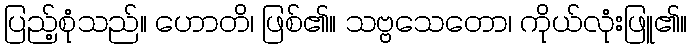
ပြည့်စုံသည်။ ဟောတိ၊ ဖြစ်၏။ သဗ္ဗသေတော၊ ကိုယ်လုံးဖြူ၏။